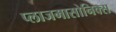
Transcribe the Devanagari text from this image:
प्लाजमासोनिक्स